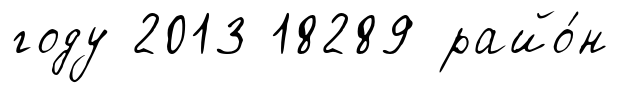
году 2013 18289 райо́н